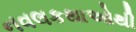
નવલકથાઓથી